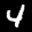
Digit: 4